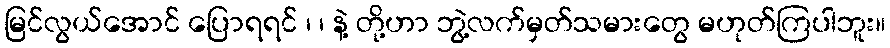
မြင်လွယ်အောင် ပြောရရင် ၊ ၊ နဲ့ တို့ဟာ ဘွဲ့လက်မှတ်သမားတွေ မဟုတ်ကြပါဘူး။